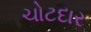
ચોટદાર